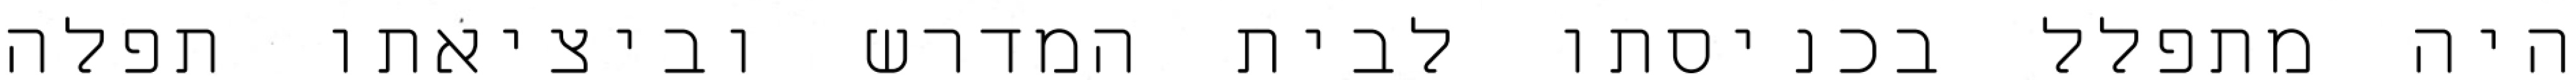
היה מתפלל בכניסתו לבית המדרש וביציאתו תפלה